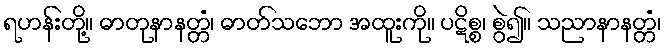
ရဟန်းတို့။ ဓာတုနာနတ္တံ၊ ဓာတ်သဘော အထူးကို။ ပဋိစ္စ၊ စွဲ၍။ သညာနာနတ္တံ၊